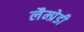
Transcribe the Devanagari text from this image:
लैम्प्रेडी